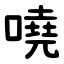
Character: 嘵